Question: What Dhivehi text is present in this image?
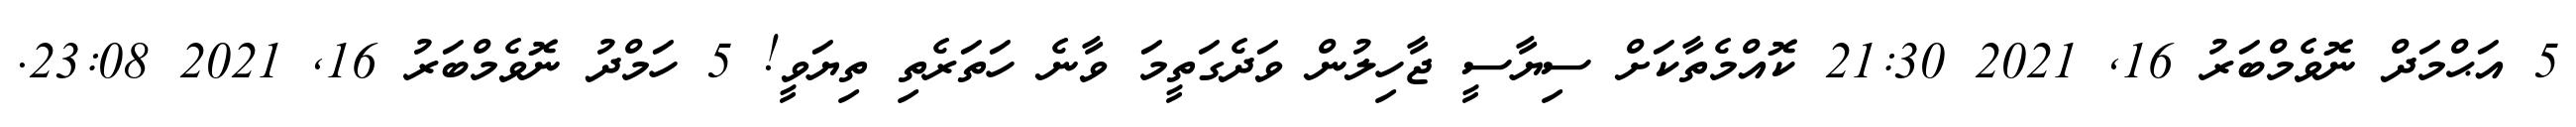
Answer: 5 އަޙްމަދް ނޮވެމްބަރު 16, 2021 21:30 ކޮއްމެތާކަށް ސިޔާސީ ޖާހިލުން ވަދެގަތީމަ ވާނެ ހަތަރެތި ތިޔަވީ! 5 ހަމްދު ނޮވެމްބަރު 16, 2021 23:08.